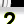
Digit: 2